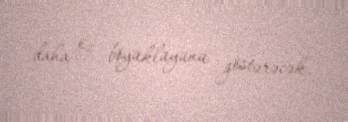
daha öz böyüklüyünü göstərəcək.